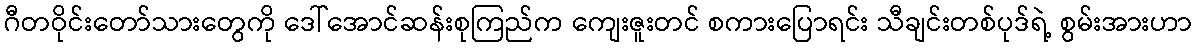
ဂီတဝိုင်းတော်သားတွေကို ဒေါ်အောင်ဆန်းစုကြည်က ကျေးဇူးတင် စကားပြောရင်း သီချင်းတစ်ပုဒ်ရဲ့ စွမ်းအားဟာ